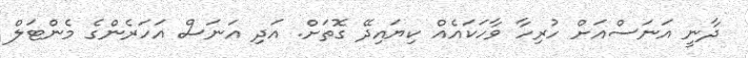
ދާނީ އަނަސްއަށް ހުރިހާ ވާހަކައެއް ކިޔައިދޭ ގޮތަށް. އަދި އަނަސް އަހަރެންގެ މެންޓަލް